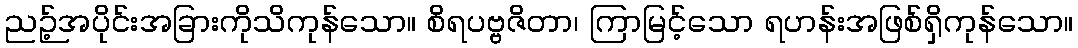
ညဉ့်အပိုင်းအခြားကိုသိကုန်သော။ စိရပဗ္ဗဇိတာ၊ ကြာမြင့်သော ရဟန်းအဖြစ်ရှိကုန်သော။